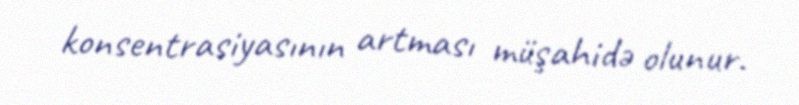
konsentrasiyasının artması müşahidə olunur.